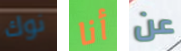
نوك أنا عن